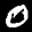
Label: 0